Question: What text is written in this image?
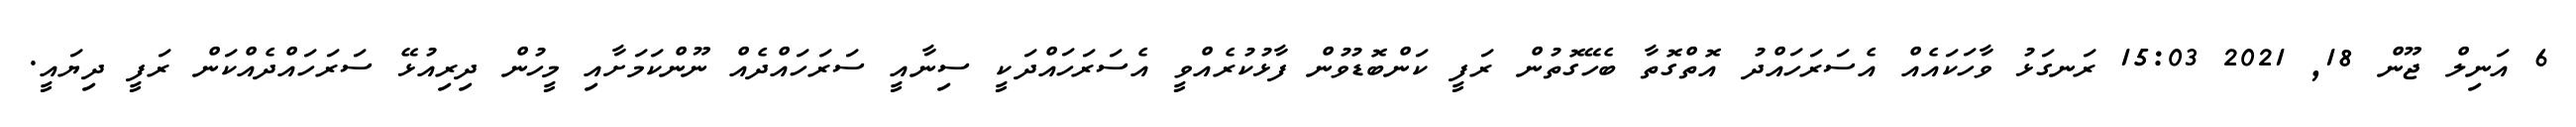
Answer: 6 އަނިލް ޖޫން 18, 2021 15:03 ރަނގަޅު ވާހަކައެއް އެސަރަހައްދު އޮތްގޮތާ ބެހޭގޮތުން ރަފީ ކަންބޮޑުވުން ފާޅުކުރެއްވީ އެސަރަހައްދަކީ ސިނާއީ ސަރަހައްދެއް ނޫންކަމަށާއި މީހުން ދިރިއުޅޭ ސަރަހައްދެއްކަން ރަފީ ދިޔައީ.